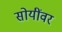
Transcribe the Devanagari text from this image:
सोयींवर